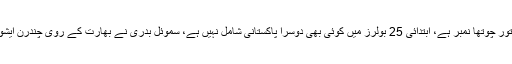
بولرز میں شاہد آفریدی کا بدستور چوتھا نمبر ہے، ابتدائی 25 بولرز میں کوئی بھی دوسرا پاکستانی شامل نہیں ہے، سموئل بدری نے بھارت کے روی چندرن ایشون سے ٹاپ پوزیشن چھین لی۔